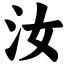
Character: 汝